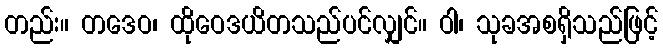
တည်း။ တဒေဝ၊ ထိုဝေဒယိတသည်ပင်လျှင်။ ဝါ၊ သုခအစရှိသည်ဖြင့်